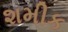
શમીક